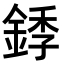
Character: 𬫥